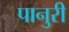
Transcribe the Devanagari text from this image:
पानुरी